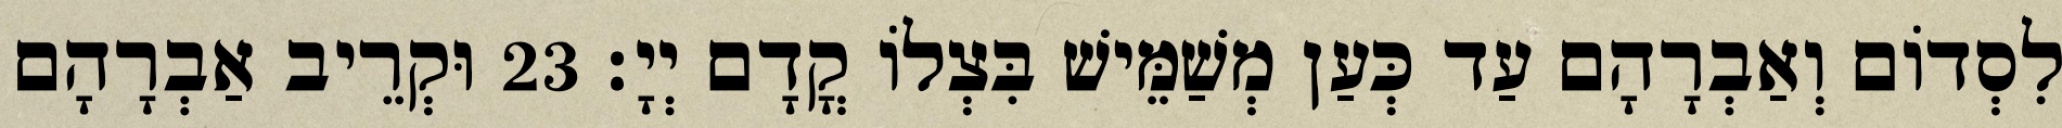
לִסְדוֹם וְאַבְרָהָם עַד כְּעַן מְשַׁמֵּישׁ בִּצְלוֹ קֳדָם יְיָ׃ 23 וּקְרֵיב אַבְרָהָם